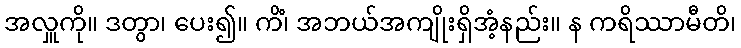
အလှူကို။ ဒတွာ၊ ပေး၍။ ကိံ၊ အဘယ်အကျိုးရှိအံ့နည်း။ န ကရိဿာမီတိ၊